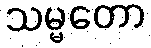
သမ္မတော